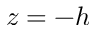
z = - h